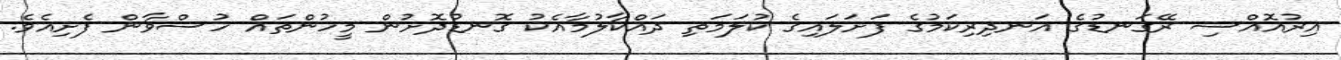
އިރުއޮއްސި ރޭގަނޑުގެ އަނދިރިކަމުގެ ފަށަލައިގެ ކުލަމަތި ދައްކާލުމާއެކު ގޮނޑުދޮށުން މީހުންތައް ހުސްވާން ފެށިއެވެ.